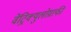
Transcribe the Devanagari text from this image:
वेंट्रिक्युलोग्राफी